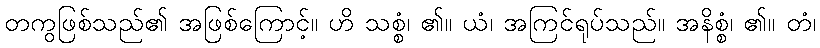
တကွဖြစ်သည်၏ အဖြစ်ကြောင့်။ ဟိ သစ္စံ၊ ၏။ ယံ၊ အကြင်ရုပ်သည်။ အနိစ္စံ၊ ၏။ တံ၊